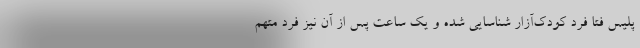
پلیس فتا فرد کودک‌آزار شناسایی‌ شده و یک ساعت پس از آن نیز فرد متهم